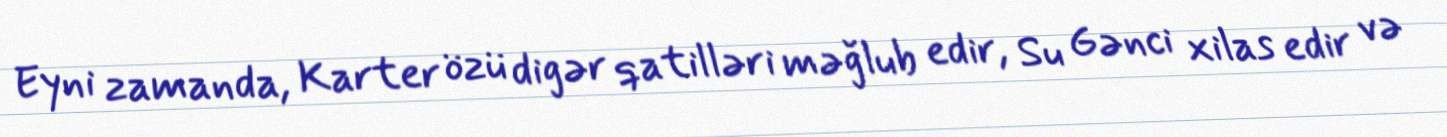
Eyni zamanda, Karter özü digər qatilləri məğlub edir, Su Gənci xilas edir və